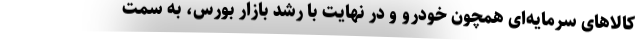
کالاهای سرمایه‌ای همچون خودرو و در نهایت با رشد بازار بورس، به سمت